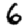
Digit: 6